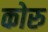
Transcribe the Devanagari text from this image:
कोरु